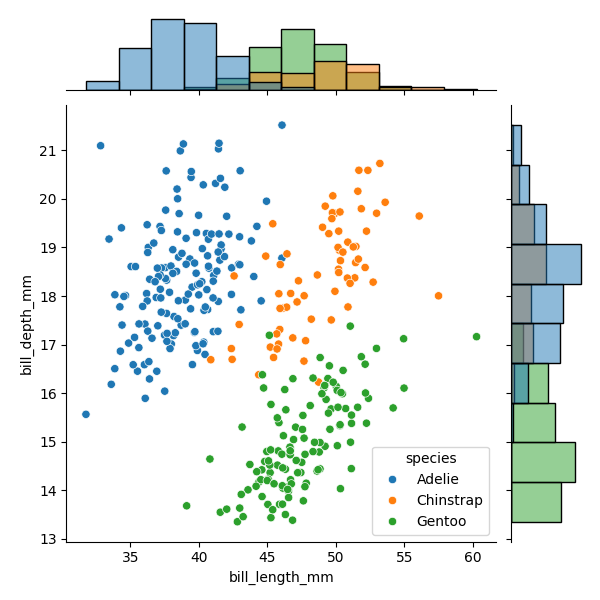
python, seaborn, JointGrid, scatterplot, histplot, hue